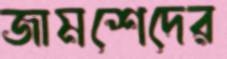
জামশেদের